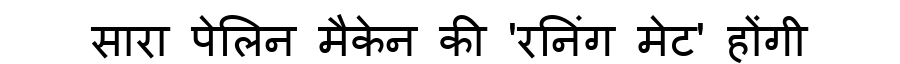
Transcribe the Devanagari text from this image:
सारा पेलिन मैकेन की 'रनिंग मेट' होंगी